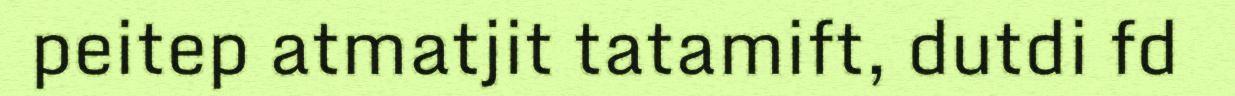
peitep atmatjit tatamift, dutdi fd